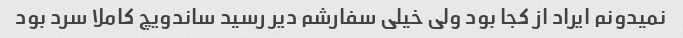
نمیدونم ایراد از کجا بود ولی خیلی سفارشم دیر رسید ساندویچ کاملا سرد بود